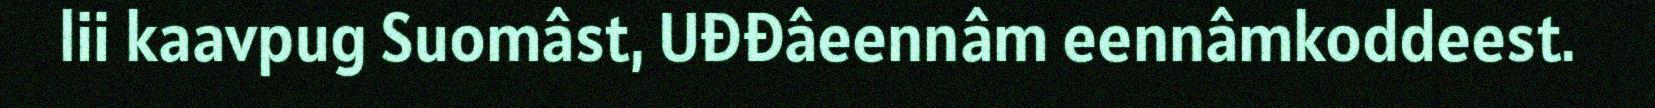
lii kaavpug Suomâst, Uđđâeennâm eennâmkoddeest.